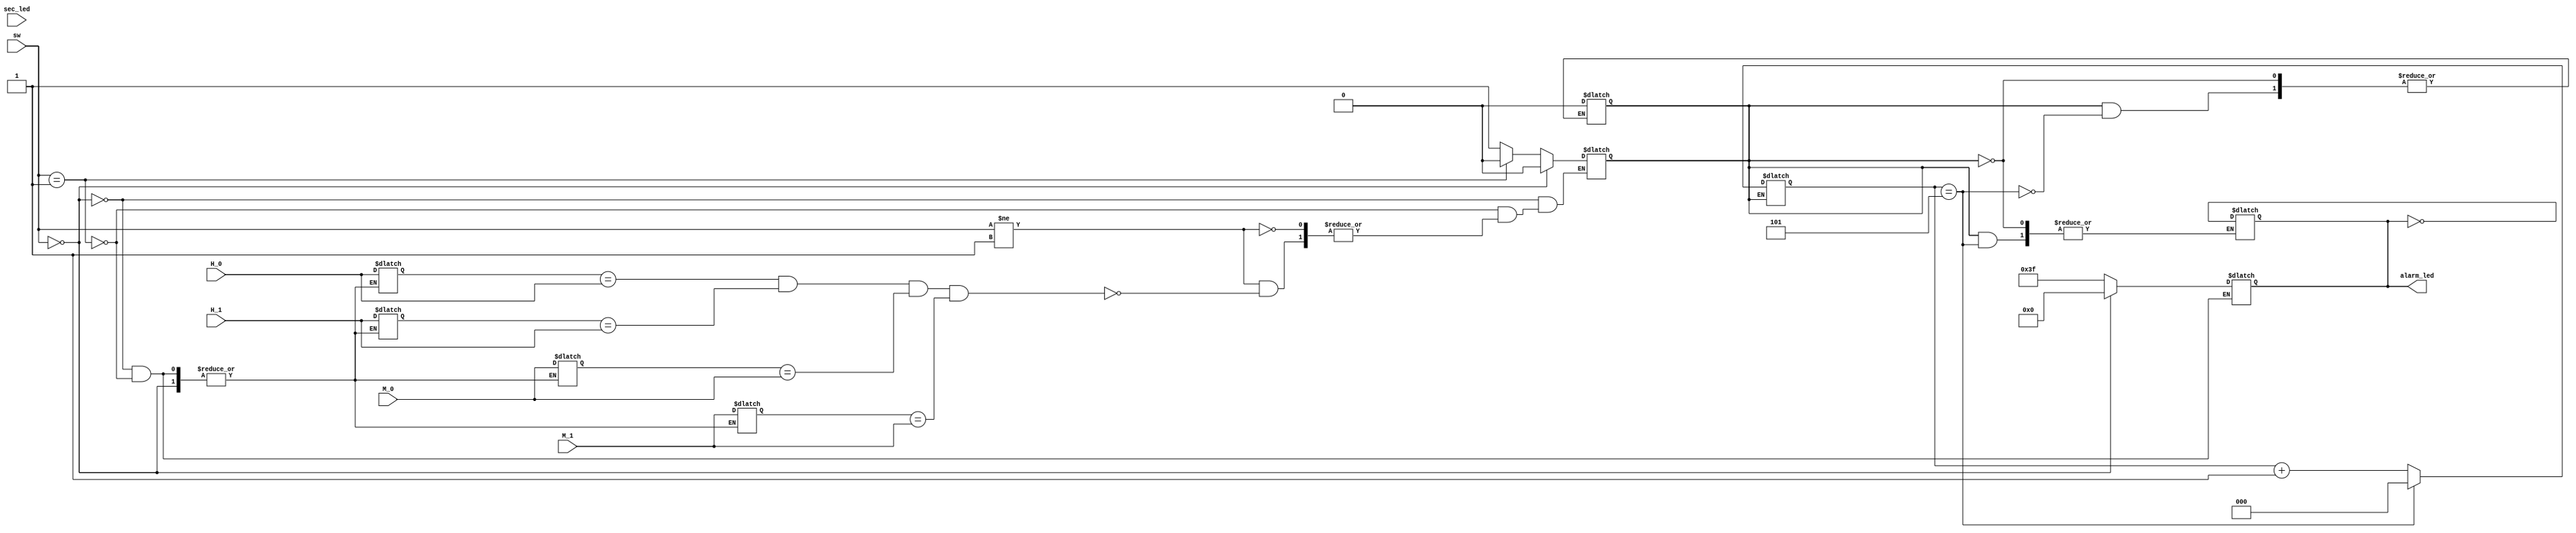
module clock_alarm( input [3:0] sw,
            input [3:0] H_1,
            input [3:0] H_0,
            input [3:0] M_1,
            input [3:0] M_0,
            input [3:0] sec_led,
            output reg [5:0] alarm_led);

    reg[3:0] a_h0, a_h1;
    reg[3:0] a_m0, a_m1;

    reg alarm_trigerred;
    reg[2:0] blink_counter = 0;


    always @(H_1 or H_0 or M_1 or M_0) begin
        if(sw == 0) begin
            alarm_led <= 6'b000000; //no alarm
            alarm_trigerred <= 1'b0;
        end
        else if(sw == 1) begin //set alarm
            a_h0 <= H_0;
            a_h1 <= H_1;
            a_m0 <= M_0;
            a_m1 <= M_1;
            alarm_led <= 6'b111111;
            alarm_trigerred <= 1'b0;
        end
        
        else if(sw != 1) begin //alarm was left on
            if(a_h0 == H_0 && a_h1 == H_1 && a_m0 == M_0 && a_m1 == M_1) alarm_trigerred <= 1'b1;
        end
    end

    always @(sec_led) begin
        if(alarm_trigerred) begin
            if(blink_counter == 5) begin
                blink_counter <= 0;
                alarm_trigerred <= 1'b0; //alarm gets untriggered
            end
            else begin 
                blink_counter <= blink_counter + 1;
                alarm_led <= ~alarm_led;
            end
        end
    end

endmodule